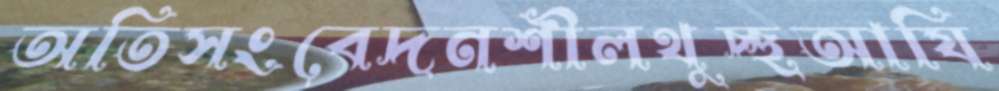
অতিসংবেদনশীলথুচ্ছআযি